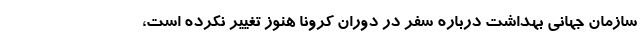
سازمان جهانی بهداشت درباره سفر در دوران کرونا هنوز تغییر نکرده است،